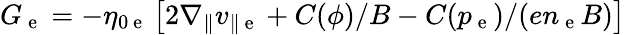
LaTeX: G_{\mathrm{~e~}}=-\eta_{0\mathrm{~e~}}\left[2\nabla_{\| }v_{\| \mathrm{~e~}}+C(\phi)/B-C(p_{\mathrm{~e~}})/(en_{\mathrm{~e~}}B)\right]